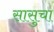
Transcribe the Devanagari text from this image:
सासुचा